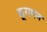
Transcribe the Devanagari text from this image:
क्रूगमन